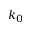
k _ { 0 }